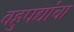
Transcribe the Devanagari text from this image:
वहुपद्यांचा